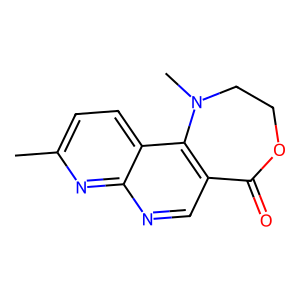
SMILES: Cc1ccc2c3c(cnc2n1)C(=O)OCCN3C
Inhibits HIV replication: No